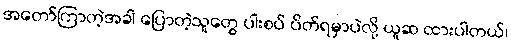
အတော်ကြာတဲ့အခါ ပြောတဲ့သူတွေ ပါးစပ် ပိတ်ရမှာပဲလို့ ယူဆ ထားပါတယ်၊